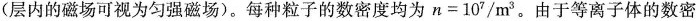
(层内的磁场可视为匀强磁场)。每种粒子的数密度均为$$n = 1 0 ^ { 7 } / m ^ { 3 }$$。由于等离子体的数密